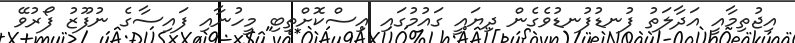
އިޖުތިމާއީ އަދާލަތު ފުނޑުފުނޑުވެގެން ދިޔައީ ގައުމުގައި އިސްކޮށްތިބި މީހުނާއި ފައިސާގެ ނުފޫޒު ފޯރުވޭ